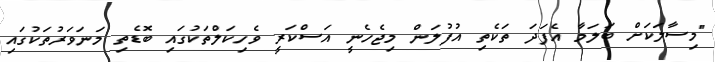
"މިސާލަކަށް ބަލަމާ އެފަދަ ތަކެތި އުފުލަން މިޖެހެނީ އަސްކަރީ ވެހިކަލްތަކުގައި ބޮޑެތި މަނަވަރުތަކުގައި